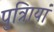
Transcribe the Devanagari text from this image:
पुत्रिायां